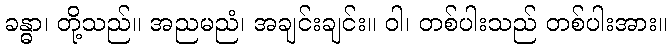
ခန္ဓာ၊ တို့သည်။ အညမညံ၊ အချင်းချင်း။ ဝါ၊ တစ်ပါးသည် တစ်ပါးအား။